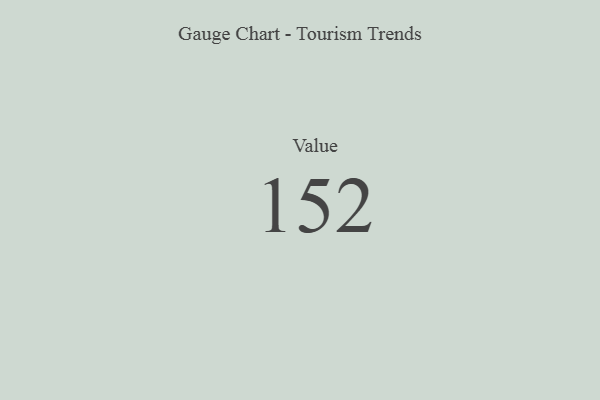
{"axis": {"x": "Metric", "y": "Value"}, "legend": [""], "data": [{"x": "Value", "y": 152, "type": ""}]}